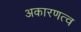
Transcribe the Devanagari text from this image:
अकारणत्व